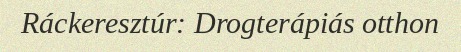
Ráckeresztúr: Drogterápiás otthon